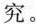
究。